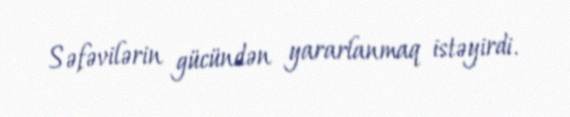
Səfəvilərin gücündən yararlanmaq istəyirdi.